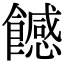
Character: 𩞿